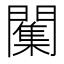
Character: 𮤣